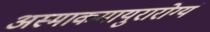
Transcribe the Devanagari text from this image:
अस्माकमायुरारोग्यं